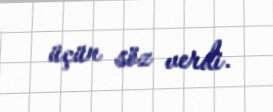
üçün söz verdi.